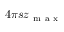
4 \pi s z _ { \mathrm { ~ m ~ a ~ x ~ } }